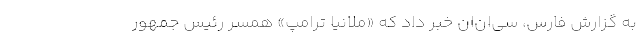
به گزارش فارس، سی‌ان‌ان خبر داد که «ملانیا ترامپ» همسر رئیس جمهور